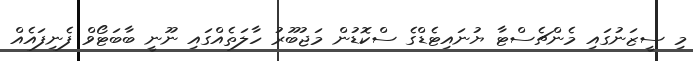
މި ސީޒަނުގައި މެންޗެސްޓާ ޔުނައިޓެޑްގެ ސްކޮޑުން މަޖުބޫރު ހާލަތެއްގައި ނޫނީ ބާބަޓޯވް ފެނިފައެއް